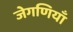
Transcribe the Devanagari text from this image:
जेगणियाँ